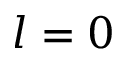
l = 0